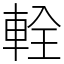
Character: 輇